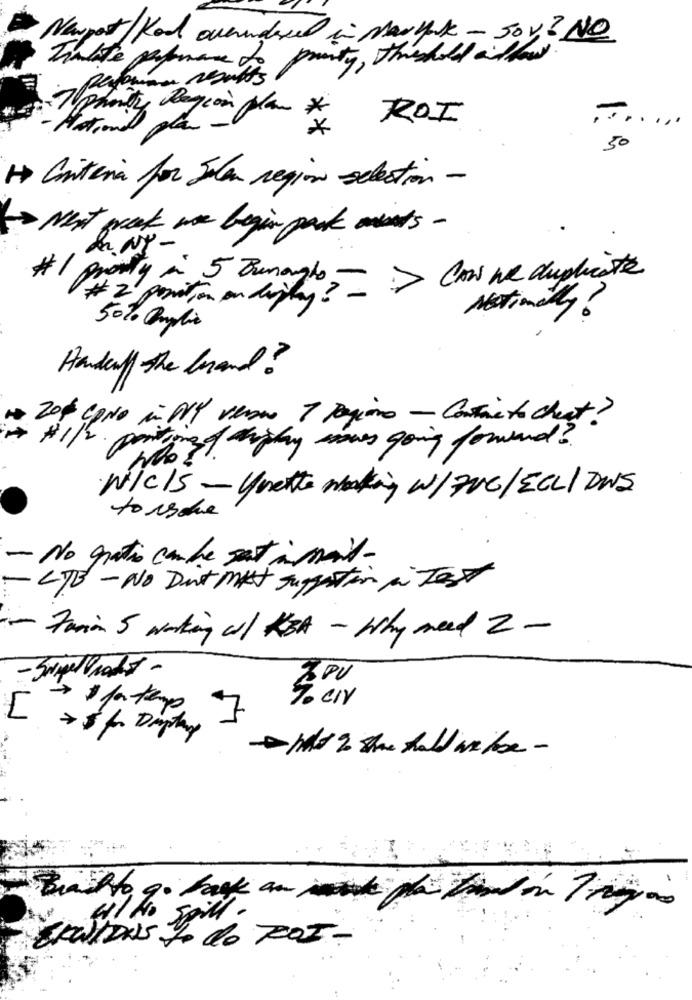
Newport / Kod overundere in Maryak - Sov? NO
ty, threshold allow
phone
ROI
nity Region plan *
**
50
H> Criteria for Jela region selection -
Next week we begin pack minds -
& NY-
# 1 pronly a 5 Bunanglo - > Cow we duplicate
# 2 position on dipty? -
50% Amplio
Handcuff the brand?
20% CONO in NY verso 1 Pagine - Contacte cheat?
W/C/S - Unette making w/7ve/ ECLI DWS
to ische
- No gratis can be set i mail-
- CTB - NO Dut M suggesti in Test
- Faria 5 working cl KEA - Why need 2 -
- Superadet -
9. cir
7
D's Lo do ROZ -